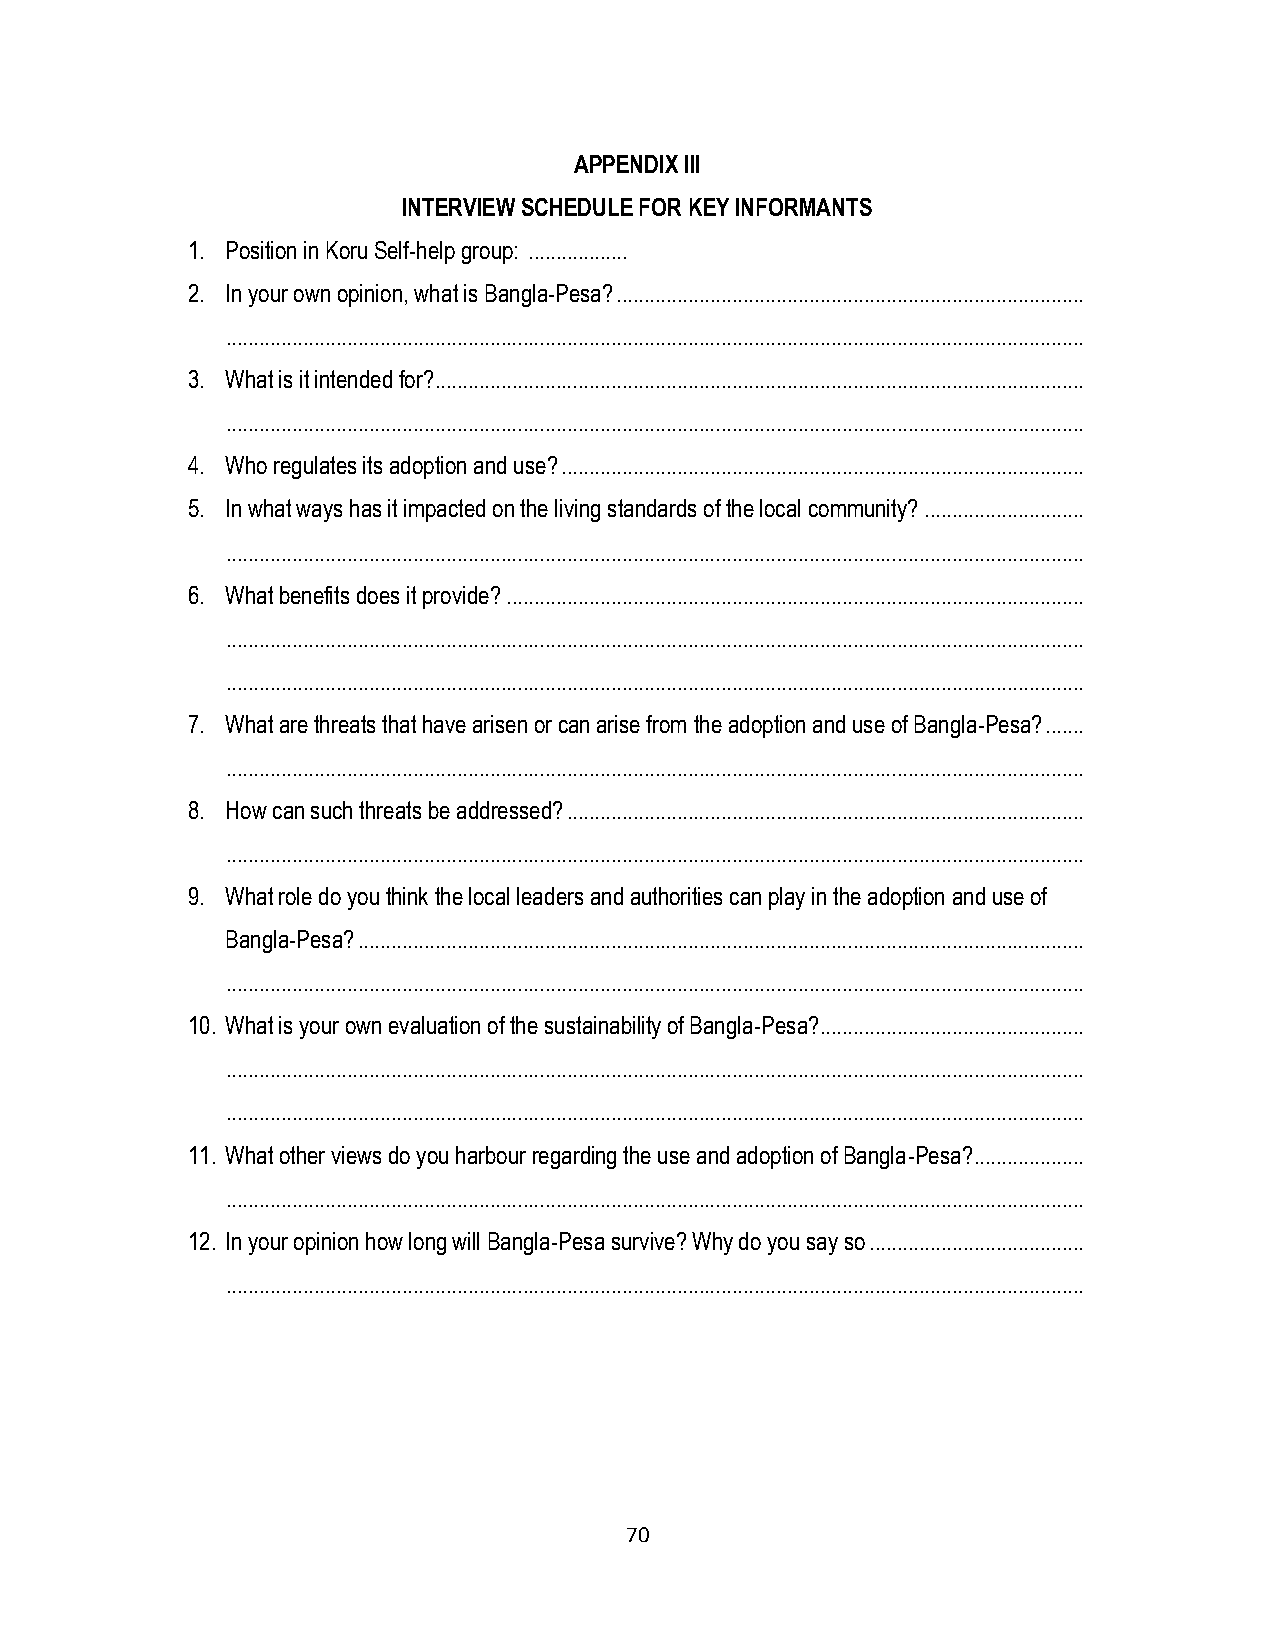
APPENDIX III
 INTERVIEW SCHEDULE FOR KEY INFORMANTS
 1. Position in Koru Self-help group: ..................
 2. In your own opinion, what is Bangla-Pesa? .....................................................................................
 ............................................................................................................................................................
 3. What is it intended for?......................................................................................................................
 ............................................................................................................................................................
 4. Who regulates its adoption and use? ...............................................................................................
 5. In what ways has it impacted on the living standards of the local community? .............................
 ............................................................................................................................................................
 6. What benefits does it provide? .........................................................................................................
 ............................................................................................................................................................
 ............................................................................................................................................................
 7. What are threats that have arisen or can arise from the adoption and use of Bangla-Pesa? .......
 ............................................................................................................................................................
 8. How can such threats be addressed? ..............................................................................................
 ............................................................................................................................................................
 9. What role do you think the local leaders and authorities can play in the adoption and use of
 Bangla-Pesa? ....................................................................................................................................
 ............................................................................................................................................................
 10. What is your own evaluation of the sustainability of Bangla-Pesa? ................................................
 ............................................................................................................................................................
 ............................................................................................................................................................
 11. What other views do you harbour regarding the use and adoption of Bangla-Pesa? ....................
 ............................................................................................................................................................
 12. In your opinion how long will Bangla-Pesa survive? Why do you say so .......................................
 ............................................................................................................................................................
 70